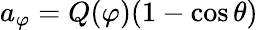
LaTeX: a_{\varphi}=Q(\varphi)(1-\cos\theta)